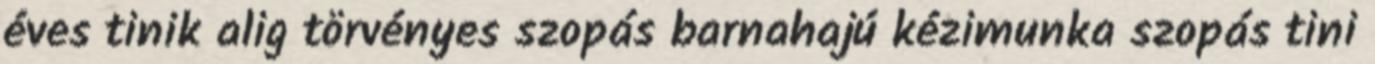
éves tinik alig törvényes szopás barnahajú kézimunka szopás tini